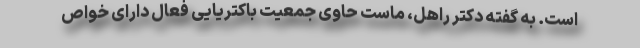
است. به گفته دکتر راهل، ماست حاوی جمعیت باکتریایی فعال دارای خواص